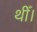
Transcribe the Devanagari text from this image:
थीँ।